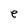
Character: e